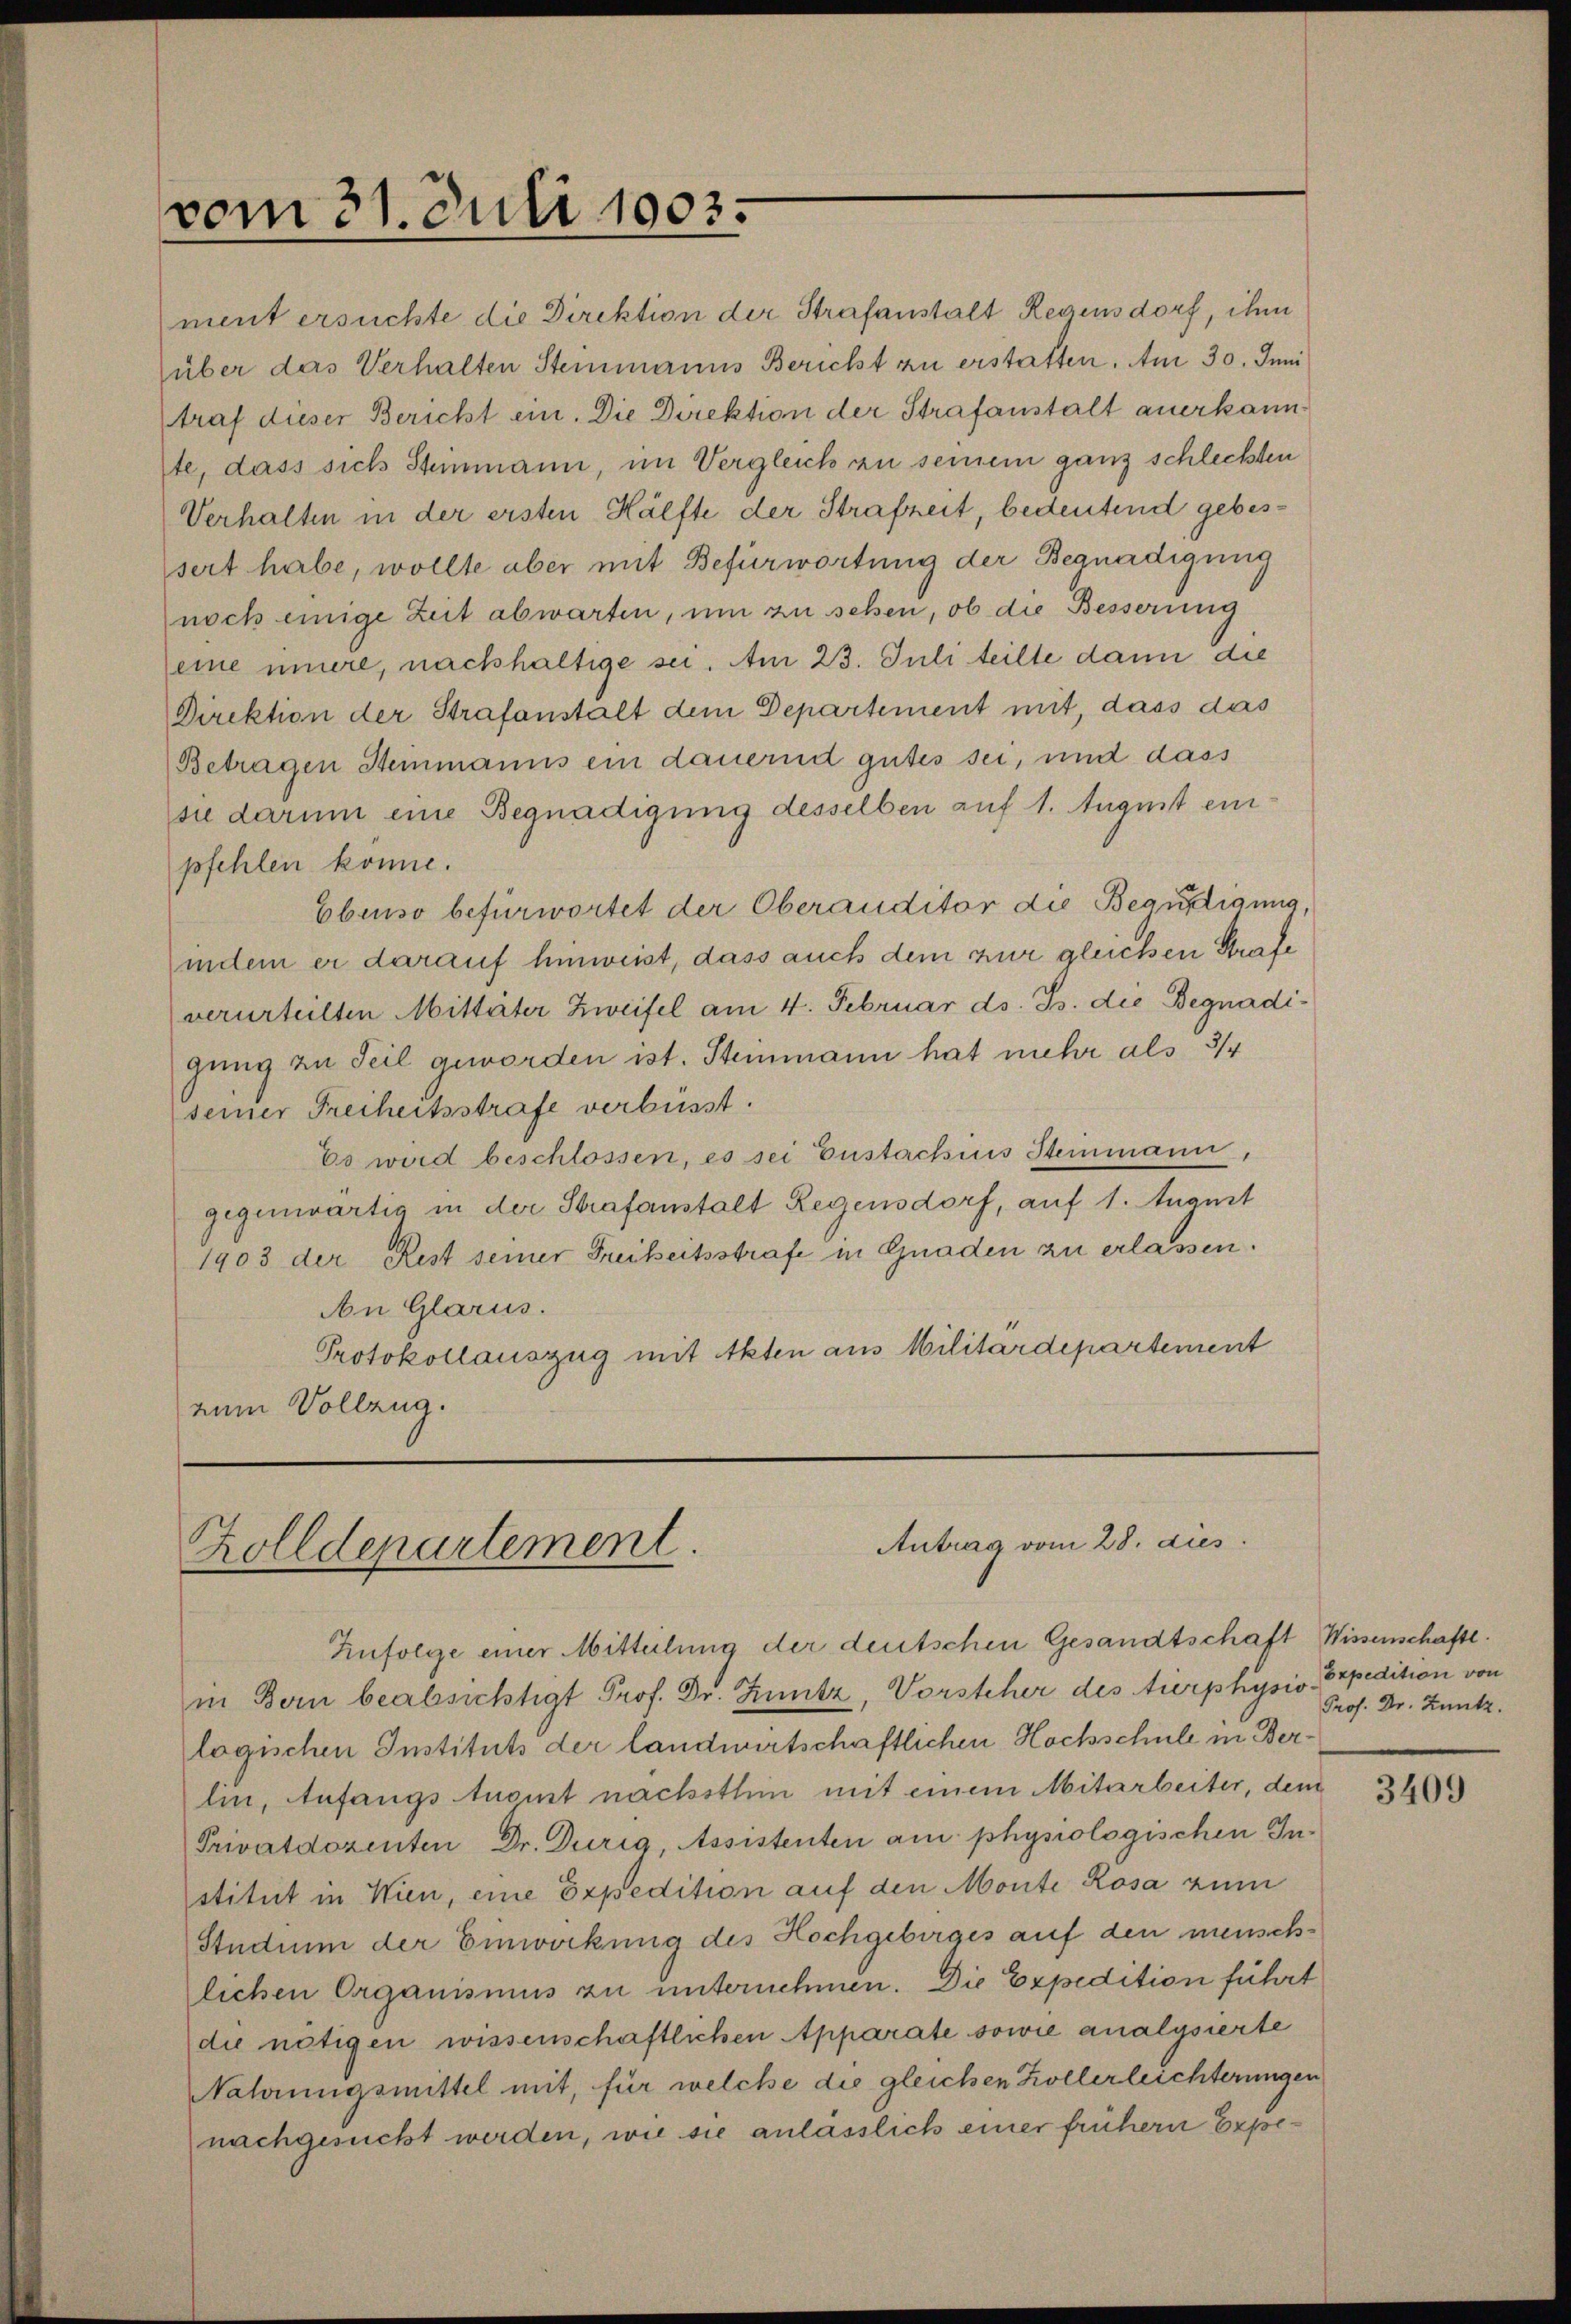
vom 31. Juli 1903.

ment ersuchte die Direktion der Strafanstalt Regensdorf, ihm
über das Verhalten Steinmanns Bericht zu erstatten. Am 30. Juni
traf dieser Bericht ein. Die Direktion der Strafanstalt anerkannste, dass sich Steinmann, im Vergleich zu seinem ganz schlechten
Verhalten in der ersten Hälfte der Strafzeit, bedeutend gebessert habe, wollte aber mit Befürwortung der Begnadigung
noch einige Zeit abwarten, um zu sehen, ob die Besserung
eine innere, nachhaltige sei. Am 23. Juli teilte dann die
Direktion der Strafanstalt dem Departement mit, dass das
Betragen Steinmanns ein dauernd gutes sei, und dass
sie darum eine Begnadigung desselben auf 1. August einpfehlen könne.
Ebenso befürwortet der Oberauditor die Begnadigung,
indem er darauf hinweist, dass auch dem zur gleichen Strafe
verurteilten Mitteiter Zweifel am 4. Februar ds. Js. die Begnadigung zu Teil geworden ist. Steinmann hat mehr als 3/4
seiner Freiheitsstrafe verbüsst.
Es wird beschlossen, es sei Eustachius Steinmann,
gegenwärtig in der Strafanstalt Regensdorf, auf 1. August
1903 der Rest seiner Freiheitsstrafe in Gnaden zu erlassen.
An Glarus.
Protokollauszug mit Akten aus Militärdepartement
num Vollzug.

Antrag vom 28. dies
Zolldepartement.

Infolge einer Mitteilung der deutschen Gesandtschaft Wissenschaftl.
in Bern beabsichtigt Prof. Dr. Hintz, Vorsteher des tierphysio. Expedition von
logischen Instituts der landwirtschaftlichen Hochschule in Berlin, Anfangs tuoit nächsthin mit einem Mitarbeiter, dem
Privatdozenten Dr. Durig, Assistenten am physiologischen Institut in Wien, eine Expedition auf den Monte Rosa zum
Studium der Einwockung des Hochgebirges auf den menschlichen Organismus zu unternehmen. Die Expedition führt
die nötigen wissenschaftlichen Apparate sowie analysierte
Nahrungsmittel mit, für welche die gleichen Kollerleichterungen
nachgesucht werden, wie sie anlässlich einer frühern Expe¬

Prof. Dr. Kuntz.

3409